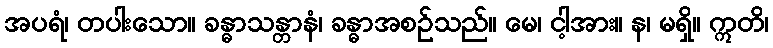
အပရံ၊ တပါးသော။ ခန္ဓာသန္တာနံ၊ ခန္ဓာအစဉ်သည်။ မေ၊ ငါ့အား။ န၊ မရှိ။ ဣတိ၊